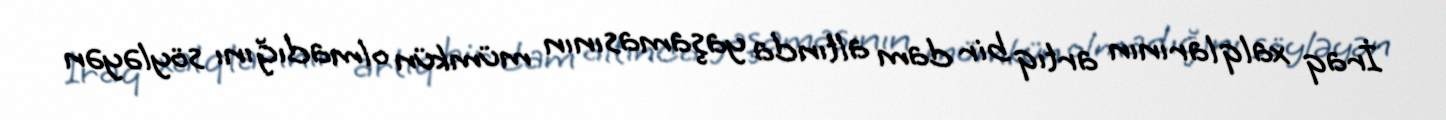
İraq xalqlarının artıq bir dam altında yaşamasının mümkün olmadığını söyləyən